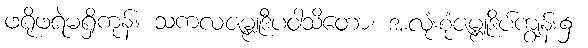
ဖရိုဖရဲမရှိကုန်။ သကလဇမ္ဗူဒီပဝါသိတော၊ အလုံးစုံဇမ္ဗူဒိပ်ကျွန်း၌